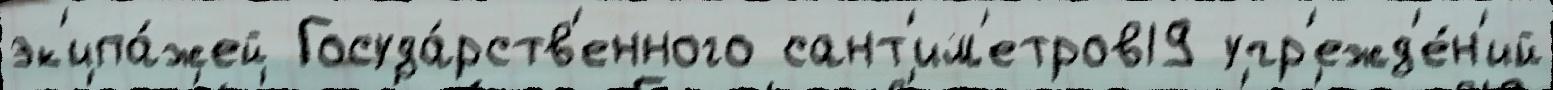
эк'ипа́жей Госуда́рств'енного сант'им'етров19 учр'ежд'е́н'ий